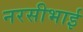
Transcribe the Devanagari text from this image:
नरसीभाई